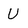
Character: U